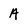
Character: A